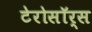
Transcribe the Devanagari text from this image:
टेरोसॉर्स